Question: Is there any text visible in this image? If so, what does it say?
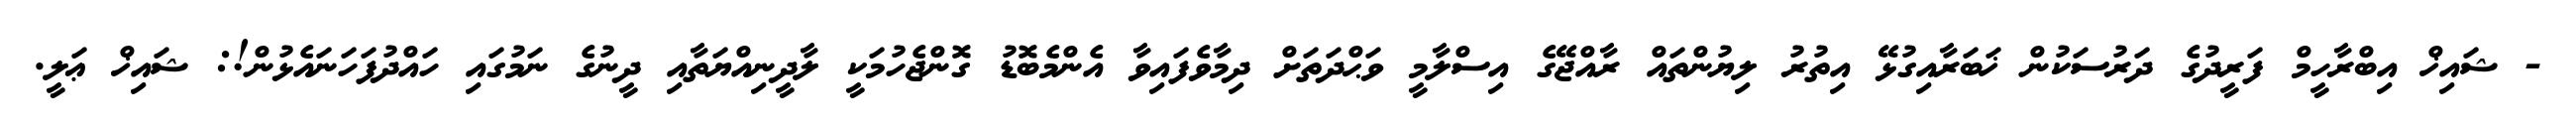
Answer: - ޝައިޚް އިބްރާހީމް ފަރީދުގެ ދަރުސަކުން ޚަބަރާއިގުޅޭ އިތުރު ލިޔުންތައް ރާއްޖޭގެ އިސްލާމީ ވަޙްދަތަށް ދިމާވެފައިވާ އެންމެބޮޑު ގޮންޖެހުމަކީ ލާދީނިއްޔަތާއި ދީނުގެ ނަމުގައި ހައްދުފަހަނައެޅުން!: ޝައިޚް ޢަލީ.